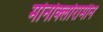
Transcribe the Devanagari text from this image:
मोनोक्लोरामीन